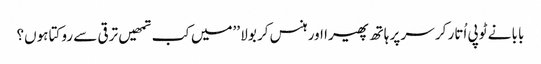
بابا نے ٹوپی اُتار کر سر پر ہاتھ پھیرا اور ہنس کر بولا ’’میں کب تمھیں ترقی سے روکتا ہوں؟